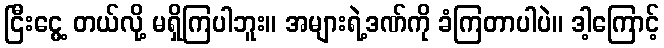
ငြီးငွေ့ တယ်လို့ မရှိကြပါဘူး။ အများရဲ့ဒဏ်ကို ခံကြတာပါပဲ။ ဒါ့ကြောင့်